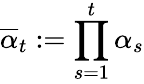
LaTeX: \overline{{\alpha}}_{t}:=\prod_{s=1}^{t}\alpha_{s}